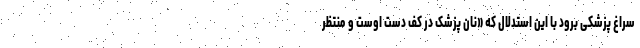
سراغ پزشکی برود با این استدلال که «نان پزشک در کف دست اوست و منتظر